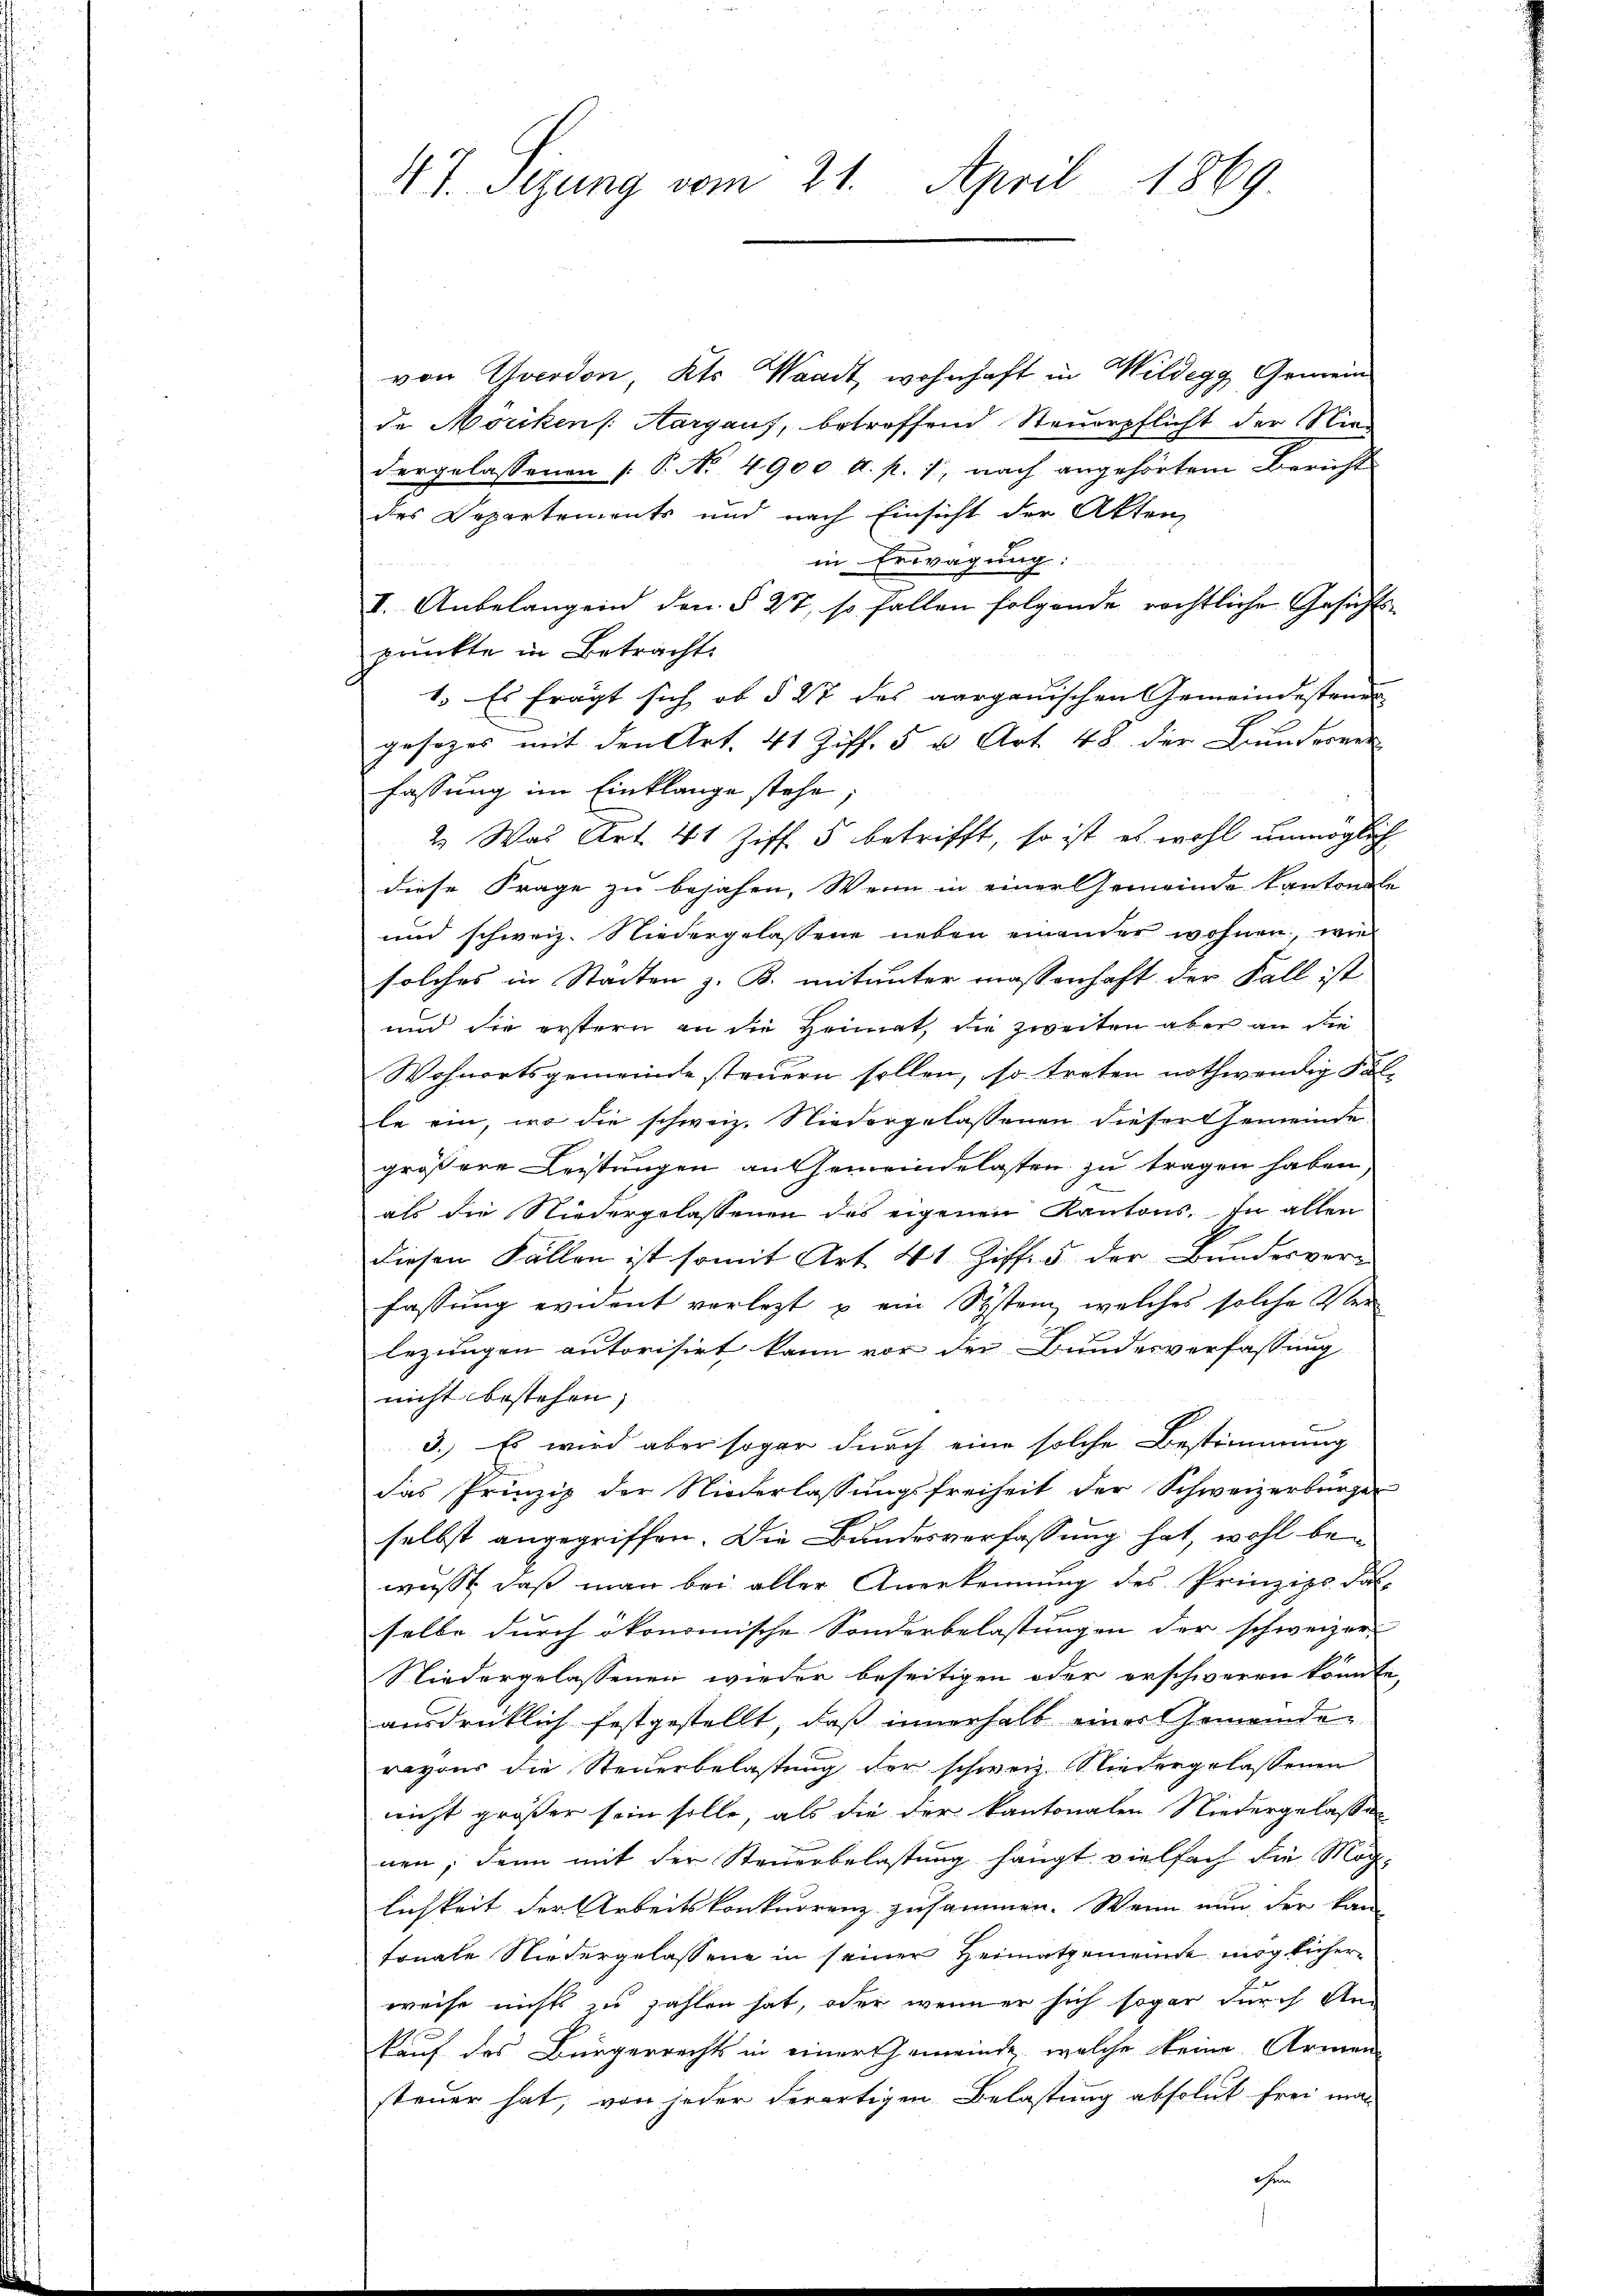
47. Sizung vom 21. April 1869.

von Yverdon, Kts. Waadt, wohnhaft in Wildegg Gemeind
de Möriken /: Aargauf, betroffend Steuerpflicht der Niedergelassenen [P. No 4900 l. p. 1, nach angehörtem Bericht
des Departements und nach Einsicht der Akten,
in Erwägung:
I. Anbelangend den § 27, so fallen folgende rechtliche Gesichts-
prunkte in Betracht.
1. Es fragt sich ob § 27 des aargauischen Gemeindesteuer
gesezes mit den Art. 41 Ziff. 5 u. Art. 48 der Bunderver
fassung im Einklange stehe;
2. Was Art. 41 Ziff. 5 betrifft, so ist es wohl unmöglich
diese Frage zu bejahen. Wenn in einer Gemeinde Kantonale
und schweiz. Niedergelassene neben einander wohnen, wie
solches in Stadten z. B. mitunter massenhaft der Fall ist
und die erstern an die Heimat, die zweiten aber an die
Wohnortsgemeinde steuern sollen, so treten nothwendig Fol-
le ein, wo die schweiz. Niedergelassenen dieser Gemeinde
größere Leistungen an Gemeindelasten zu tragen haben.
A
als die Niedergelassenen des eigenen Kantons. In allen
diesen Fällen ist somit Art. 41 Ziff. 5 der Bundesver-
fassung evident vorlegt u ein System, welches solche Ober
lezungen autorisirt kann vor der Bundesverfassung
nicht bestehen; |
3.) Es wird aber sogar durch eine solche Bestimmung
das Prinzip der Niederlassungsfreiheit der Schweizerbürger
selbst angegriffen. Die Bundesverfassung hat, wohl be-
wusst, daß man bei aller Anerkennung des Prinzips das
selbe durch ökonomische Sonderbelastungen der schweizer-
Niedergelassenen wieder beseitigen oder erschweren könnte,
ausdrücklich festgestellt, daß innerhalb einer Gemeinden
ragons die Steuerbelastung der schweiz. Niedergelassenen
nicht größer sein solle, als die der kantonalen Niedergelasse
nen, dann mit der Steuerbelastung hängt vielfach die Mög-
lichkeit der Arbeitskonkurrenz zusammen. Wenn nun der kan
tonale Niedergelassene in seiner Heimatgemeinde möglicherweise nichts zu zahlen hat, oder wenn er sich sogar durch An
kauf des Bürgerrechts in einer Gemeinde, welche keine Armen
steuer hat, von jeder derartigen Belastung absolut frei mal